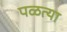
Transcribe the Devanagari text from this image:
पळत्या